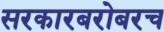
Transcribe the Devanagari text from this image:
सरकारबरोबरच